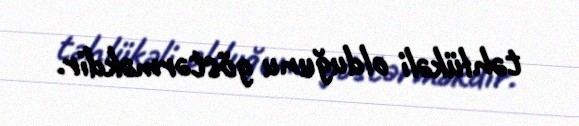
təhlükəli olduğunu göstərməkdir.